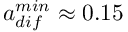
a _ { d i f } ^ { m i n } \approx 0 . 1 5